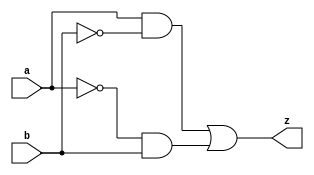
module xor_gate (
    input wire a,
    input wire b,
    output wire z
);

assign z = (a & ~b) | (~a & b);

endmodule